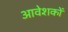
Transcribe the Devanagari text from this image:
आवेशकों